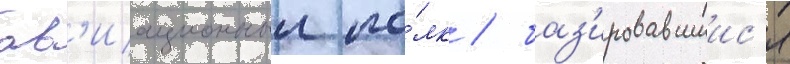
ав'иационныи по́лк / баз'ировавшиис'я